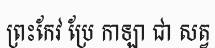
ព្រះកែវ ប្រែ កាឡា ជា សត្វ